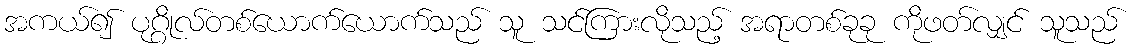
အကယ်၍ ပုဂ္ဂိုလ်တစ်ယောက်ယောက်သည် သူ သင်ကြားလိုသည့် အရာတစ်ခုခု ကိုဖတ်လျှင် သူသည်